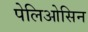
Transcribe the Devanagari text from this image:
पेलिओसिन